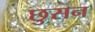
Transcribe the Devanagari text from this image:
छुसन